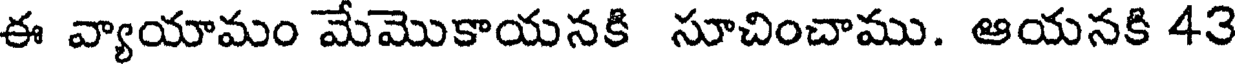
ఈ వ్యాయామం మేమొకాయనకి సూచించాము. ఆయనకి 43